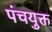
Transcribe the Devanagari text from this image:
पंचयुक्त